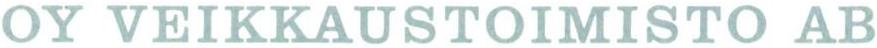
OY VEIKKAUSTOIMISTO AB